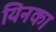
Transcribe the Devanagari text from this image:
यिनका